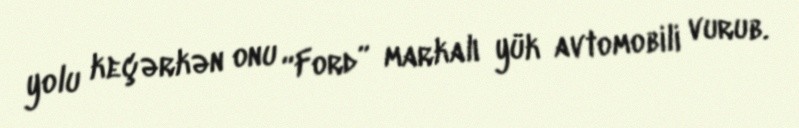
yolu keçərkən onu “Ford” markalı yük avtomobili vurub.